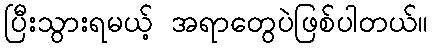
ပြီးသွားရမယ့် အရာတွေပဲဖြစ်ပါတယ်။